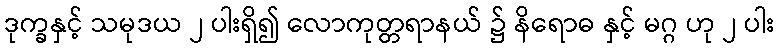
ဒုက္ခနှင့် သမုဒယ ၂ ပါးရှိ၍ လောကုတ္တရာနယ် ၌ နိရောဓ နှင့် မဂ္ဂ ဟု ၂ ပါး